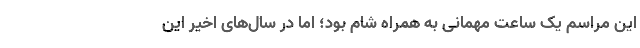
این مراسم یک ساعت مهمانی به همراه شام بود؛ اما در سال‌های اخیر این